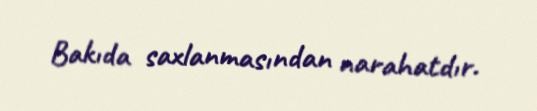
Bakıda saxlanmasından narahatdır.